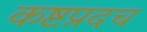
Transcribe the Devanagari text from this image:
कष्टप्रदच